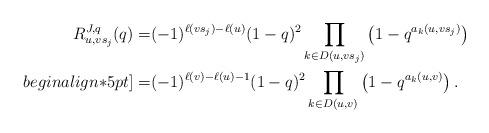
LaTeX: \begin{align*}R_{u,vs_j}^{J,q}(q)=& (-1)^{\ell(vs_j)-\ell(u)}(1-q)^2\prod_{k\in D(u,vs_j)}\left(1-q^{a_k(u,vs_j)}\right)\\begin{align*}5pt]=& (-1)^{\ell(v)-\ell(u)-1}(1-q)^2\prod_{k\in D(u,v)}\left(1-q^{a_k(u,v)}\right).\end{align*}